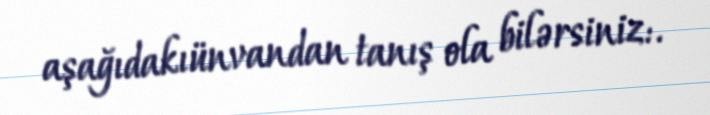
aşağıdakıünvandan tanış ola bilərsiniz:.